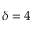
\delta = 4